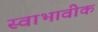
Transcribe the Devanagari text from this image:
स्वाभावीक